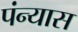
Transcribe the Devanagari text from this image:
पंन्यास